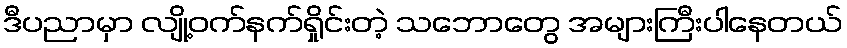
ဒီပညာမှာ လျို့ဝက်နက်ရှိုင်းတဲ့ သဘောတွေ အများကြီးပါနေတယ်